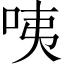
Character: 咦